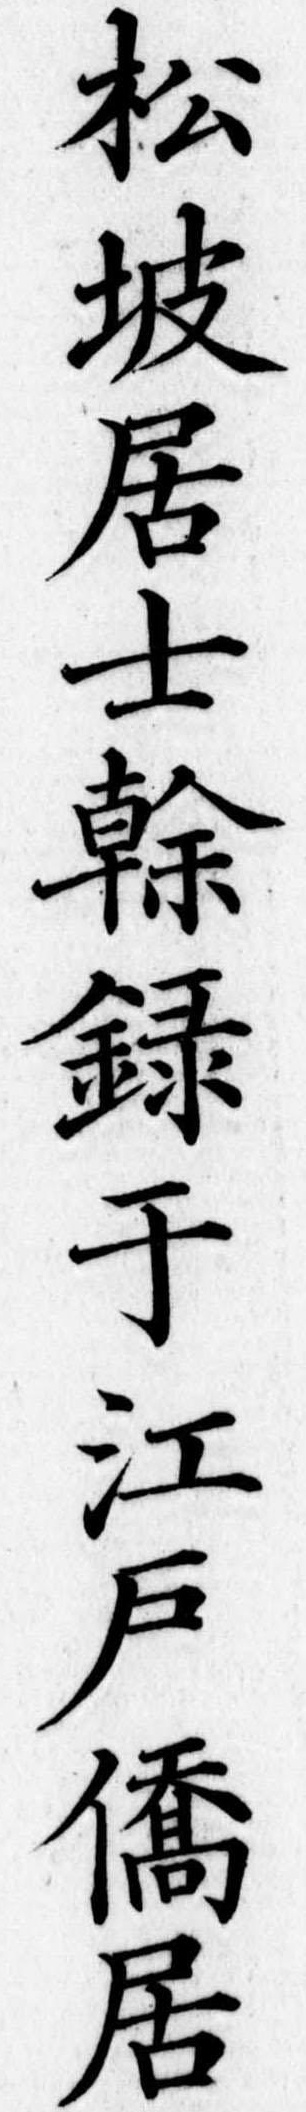
松坡居士録于江戸僑居